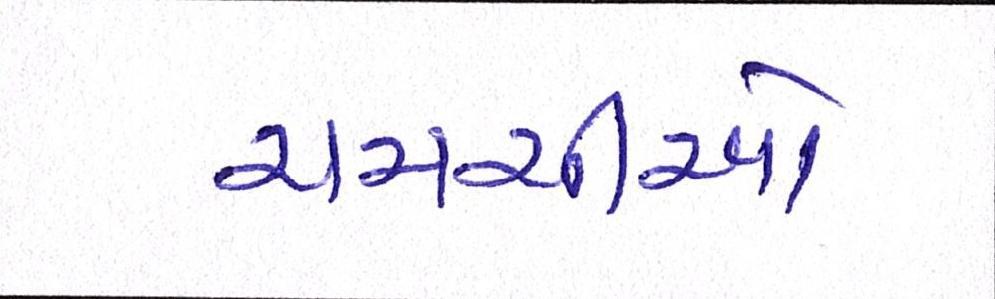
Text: ચમચીઓ